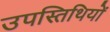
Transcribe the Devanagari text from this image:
उपस्तिथियों